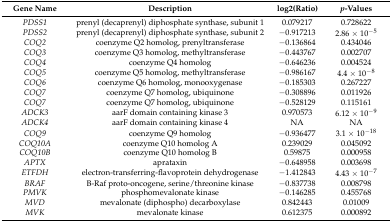
<table><thead><tr><td><b>Gene Name</b></td><td><b>Description</b></td><td><b>log2(Ratio)</b></td><td><b><i>p</i>-Values</b></td></tr></thead><tbody><tr><td><i>PDSS1</i></td><td>prenyl (decaprenyl) diphosphate synthase, subunit 1</td><td>0.079217</td><td>0.728622</td></tr><tr><td><i>PDSS2</i></td><td>prenyl (decaprenyl) diphosphate synthase, subunit 2</td><td>−0.917213</td><td>2.86 × 10<sup>−5</sup></td></tr><tr><td><i>COQ2</i></td><td>coenzyme Q2 homolog, prenyltransferase</td><td>−0.136864</td><td>0.434046</td></tr><tr><td><i>COQ3</i></td><td>coenzyme Q3 homolog, methyltransferase</td><td>−0.443767</td><td>0.002707</td></tr><tr><td><i>COQ4</i></td><td>coenzyme Q4 homolog</td><td>−0.646236</td><td>0.004524</td></tr><tr><td><i>COQ5</i></td><td>coenzyme Q5 homolog, methyltransferase</td><td>−0.986167</td><td>4.4 × 10<sup>−8</sup></td></tr><tr><td><i>COQ6</i></td><td>coenzyme Q6 homolog, monooxygenase</td><td>−0.185303</td><td>0.267227</td></tr><tr><td><i>COQ7</i></td><td>coenzyme Q7 homolog, ubiquinone</td><td>−0.308896</td><td>0.011926</td></tr><tr><td><i>COQ7</i></td><td>coenzyme Q7 homolog, ubiquinone</td><td>−0.528129</td><td>0.115161</td></tr><tr><td><i>ADCK3</i></td><td>aarF domain containing kinase 3</td><td>0.970573</td><td>6.12 × 10<sup>−9</sup></td></tr><tr><td><i>ADCK4</i></td><td>aarF domain containing kinase 4</td><td>NA</td><td>NA</td></tr><tr><td><i>COQ9</i></td><td>coenzyme Q9 homolog</td><td>−0.936477</td><td>3.1 × 10<sup>−18</sup></td></tr><tr><td><i>COQ10A</i></td><td>coenzyme Q10 homolog A</td><td>0.239029</td><td>0.045092</td></tr><tr><td><i>COQ10B</i></td><td>coenzyme Q10 homolog B</td><td>0.59875</td><td>0.000958</td></tr><tr><td><i>APTX</i></td><td>aprataxin</td><td>−0.648958</td><td>0.003698</td></tr><tr><td><i>ETFDH</i></td><td>electron-transferring-flavoprotein dehydrogenase</td><td>−1.412843</td><td>4.43 × 10<sup>−7</sup></td></tr><tr><td><i>BRAF</i></td><td>B-Raf proto-oncogene, serine/threonine kinase</td><td>−0.837738</td><td>0.008798</td></tr><tr><td><i>PMVK</i></td><td>phosphomevalonate kinase</td><td>−0.146285</td><td>0.455768</td></tr><tr><td><i>MVD</i></td><td>mevalonate (diphospho) decarboxylase</td><td>0.842443</td><td>0.01009</td></tr><tr><td><i>MVK</i></td><td>mevalonate kinase</td><td>0.612375</td><td>0.000892</td></tr></tbody></table>